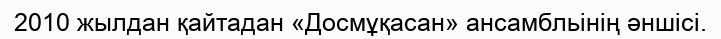
2010 жылдан қайтадан «Досмұқасан» ансамбльінің әншісі.